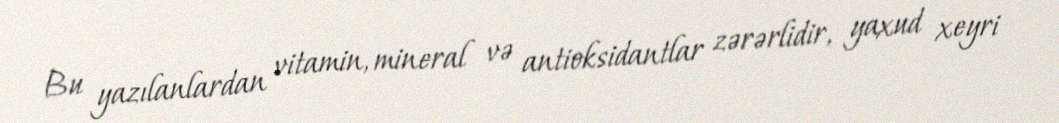
Bu yazılanlardan vitamin, mineral və antioksidantlar zərərlidir, yaxud xeyri